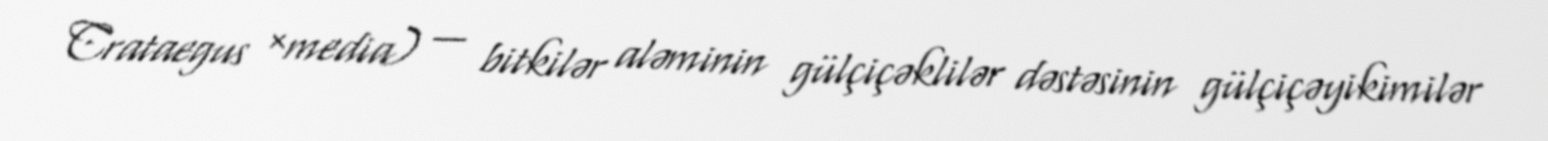
Crataegus ×media) — bitkilər aləminin gülçiçəklilər dəstəsinin gülçiçəyikimilər